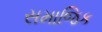
સમાજિક